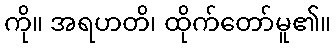
ကို။ အရဟတိ၊ ထိုက်တော်မူ၏။